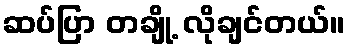
ဆပ်ပြာ တချို့ လိုချင်တယ်။